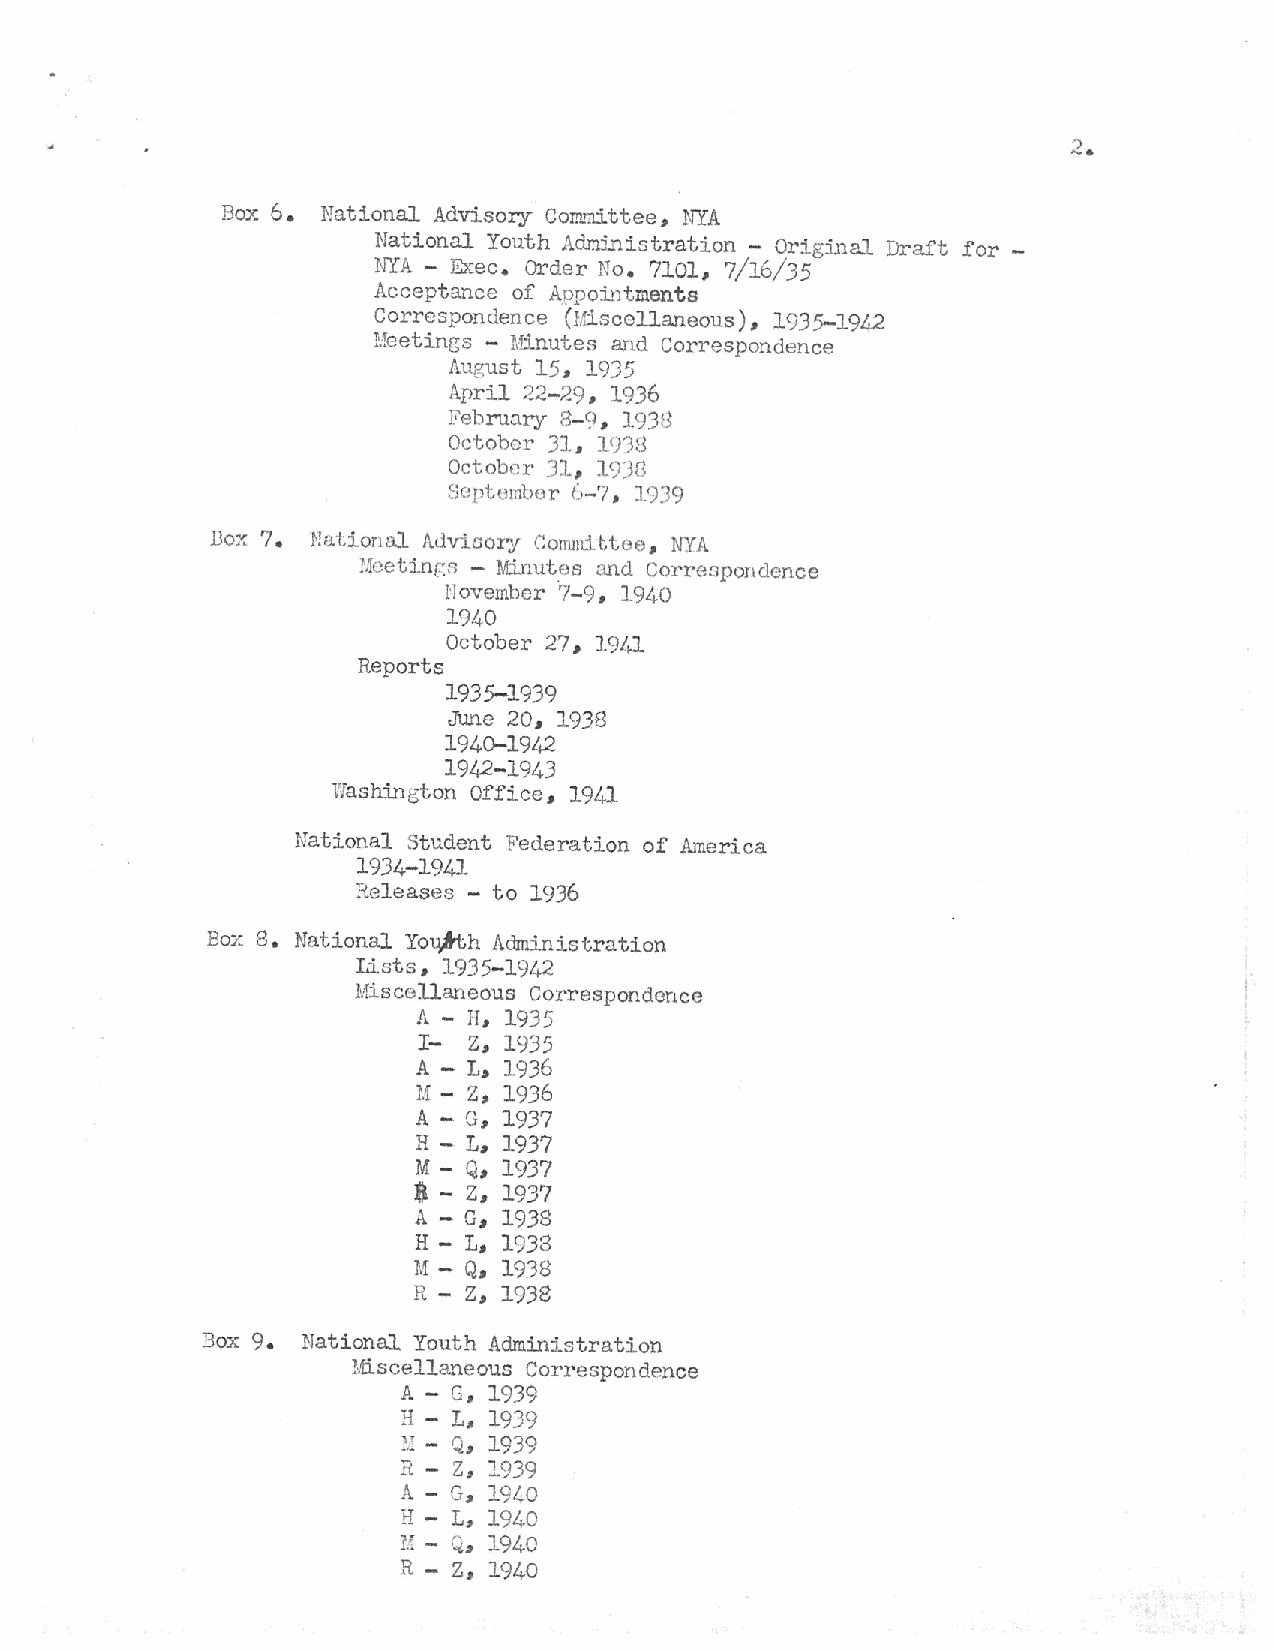
2.
 Box 6. National Advisory Cmru:d.ttee, NYA
 National Youth AdnL~istration - Original Draft for -
 NYA - Exec. Order No. 7101, 7/16/35
 Acceptance of Aopointments
 Correspondence (I.fiscellaneous), 1935-1942
 l!eetings - Minutes and Correspondence
 August 15, 1935
 April 22-29, 1936
 February 8-9, 1938
 October 31, J.<)'38
 October 31, l9Jn
 Soptombor l)-7 , 10J9
 Dox 7. Nation Ill Adviaory Comm:tttae, NYA
 Uoetinr.s - Minutes <..md Corre::;pondence
 l'Jovember ·7-9, 191+0
 1940
 October 27,
 191~1
 Reports
 1935-1939
 June 20, 1938
 1940-1942
 1942-1943
 Washington Offi ce, 1941
 National Student Federation of America
 1934-1941
 Releases - to 1936
 Box 8. National Yo~h Aclmhlistration
 Lists, 1935-1942
 Miscellaneous Correspondence
 A - H, 1935
 I- Z, 1935
 A - L, 1936
 z,
 11 -  1936
 A - G, 1937
 H - L, 1937
 M-  Q, 1937
 a -
 z,
 1937
 A - G, 1938
 H - L, 1938
 M - Q, 1938
 R - Z, 1938
 Box 9. National Youth Administration
 Miscellaneous Correspondence
 A - G, 1939
 H - L, 1939
 ~: - Q., 1939
 R - Z, 1939
 A - G., 1940
 H - L, 1940
 r.: - Q., 194o
 R-  z, 1940